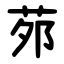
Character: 茒